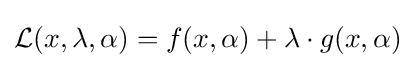
{\mathcal {L}}(x,\lambda ,\alpha )=f(x,\alpha )+\lambda \cdot g(x,\alpha )